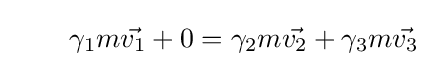
\quad \quad \gamma _{1}m{\vec {v_{1}}}+0=\gamma _{2}m{\vec {v_{2}}}+\gamma _{3}m{\vec {v_{3}}}